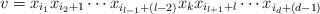
LaTeX: \begin{align*}v=x_{i_1}x_{i_2+{1}} \cdots x_{{i_{l-1}}+(l-2)} x_k x_{{i_{l+1}}+l}\cdots x_{{i_d}+(d-1)}\end{align*}